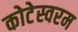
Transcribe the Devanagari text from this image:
कोटेस्वरम